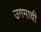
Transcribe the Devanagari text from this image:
उगमाची